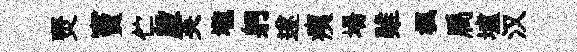
燹竇伫殷芙壠躬遂痍場雖楓扃壚汉